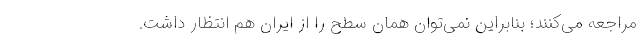
مراجعه می‌کنند؛ بنابراین نمی‌توان همان سطح را از ایران هم انتظار داشت.